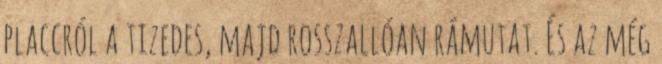
placcról a tizedes, majd rosszallóan rámutat. És az még